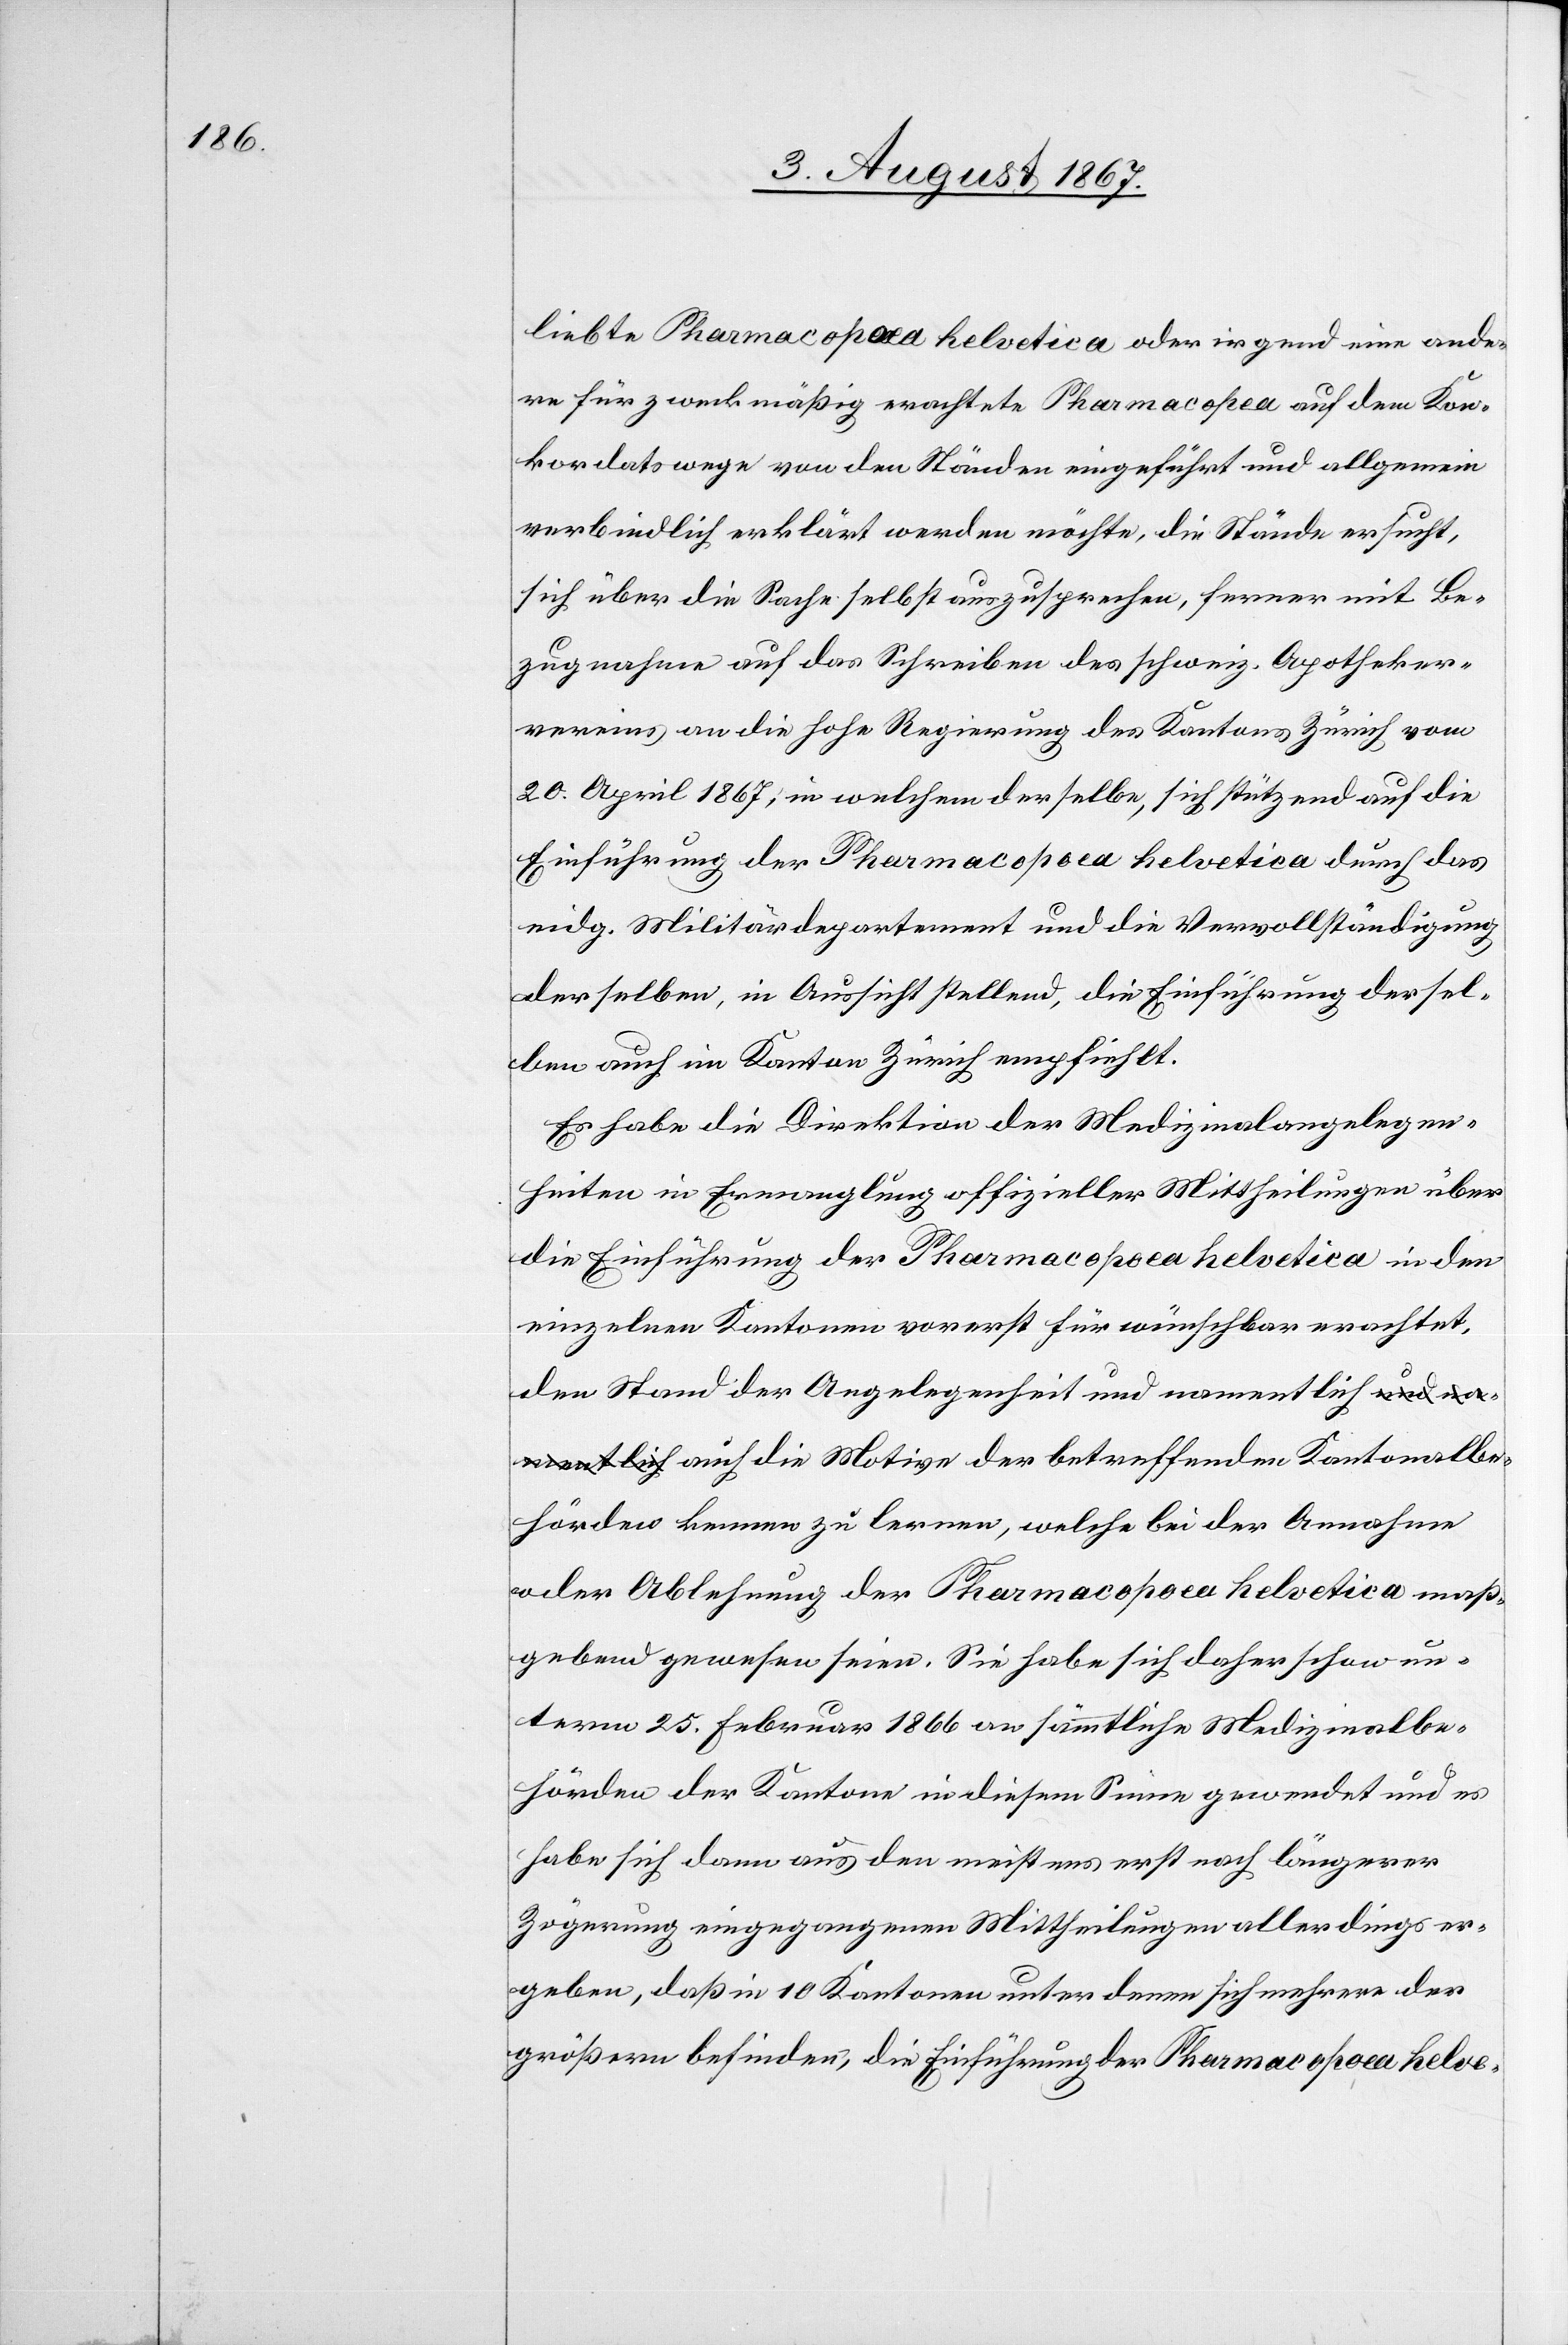
Kantonalbe¬

liebte Pharmacopœa helvetica oder irgend eine ande¬
re für zweckmäßig erachtete Pharmacopea auf dem Kon¬
kordatswege von den Ständen eingeführt und allgemein
verbindlich erklärt werden möchte, die Stände ersucht,
sich über die Sache selbst auszusprechen, ferner mit Be¬
zugnahme auf das Schreiben des schweiz. Apotheker¬
vereins an die hohe Regierung des Kantons Zürich vom
20. April 1867, in welchem derselbe, sich stützend auf die
Einführung der Pharmacopoea helvetica durch das
eidg. Militärdepartement und die Vervollständigung
derselben, in Aussicht stellend, die Einführung dersel¬
ben auch im Kanton Zürich empfiehlt.
Es habe die Direktion der Medizinalangelegen¬
heiten in Erwägung offizieller Mittheilungen über
die Einführung der Pharamacopoea helvetica in den
einzelnen Kantonen vorerst für wünschbar erachtet,
den Stand der Angelegenheit und namentlich auch die
hörden kennen zu lernen, welche bei der Annahme
oder Ablehnung der Pharamacopoea helvetica maß¬
gebend gewesen seien. Sie habe sich daher schon un¬
term 25. Februar 1866 an sämmtliche Medizinalbe¬
hörden der Kantone in diesem Sinne gewendet und es
habe sich dann aus den meistens erst nach längerer
Zögerung eingezogenen Mittheilungen allerdings er¬
geben, daß in 10 Kantonen unter denen sich mehrere der
größern befinden, die Einführung der Pharamacopoea helve-